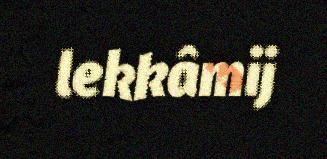
lekkâmij